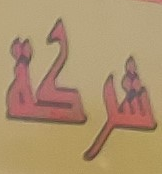
شركة